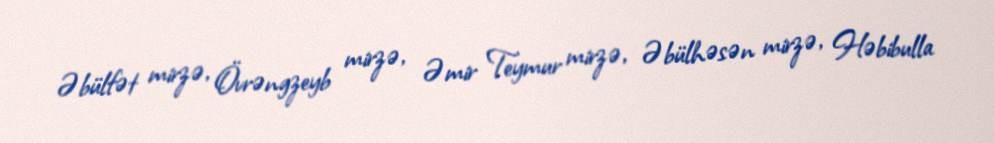
Əbülfət mirzə, Övrəngzeyb mirzə, Əmir Teymur mirzə, Əbülhəsən mirzə, Həbibulla